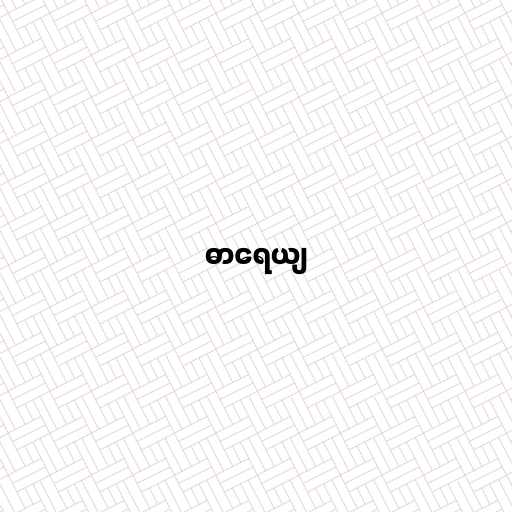
ဓာရေယျ